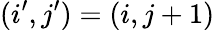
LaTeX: (i^{\prime},j^{\prime})=(i,j+1)